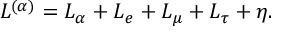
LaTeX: L ^ { ( \alpha ) } = L _ { \alpha } + L _ { e } + L _ { \mu } + L _ { \tau } + \eta .